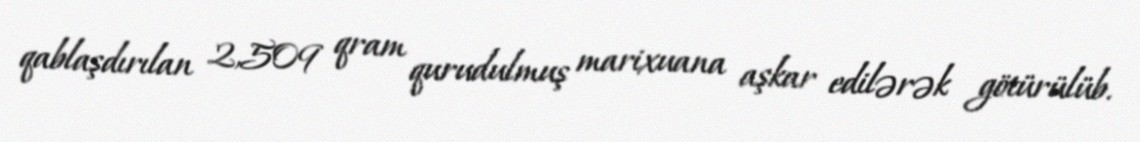
qablaşdırılan 2,509 qram qurudulmuş marixuana aşkar edilərək götürülüb.